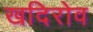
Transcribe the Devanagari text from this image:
खदिरोव